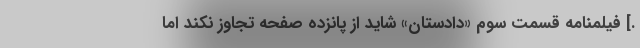
.] فیلمنامه قسمت سوم «دادستان» شاید از پانزده صفحه تجاوز نکند اما